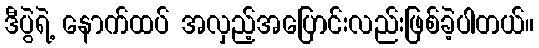
ဒီပွဲရဲ့ နောက်ထပ် အလှည့်အပြောင်းလည်းဖြစ်ခဲ့ပါတယ်။